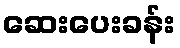
ဆေးပေးခန်း